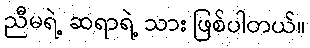
ညီမရဲ့ ဆရာရဲ့ သား ဖြစ်ပါတယ်။